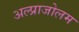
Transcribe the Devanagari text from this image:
अल्प्राजोलम